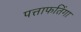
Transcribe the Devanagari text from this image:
पत्ताफतिंगा